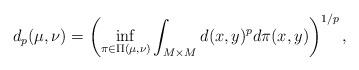
LaTeX: \begin{align*} d_p (\mu, \nu) = \left( \inf_{\pi \in \Pi(\mu,\nu)} \int_{M \times M} d(x,y)^p d\pi(x,y) \right)^{1/p}, \end{align*}